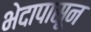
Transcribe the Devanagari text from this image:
भेदापासून